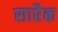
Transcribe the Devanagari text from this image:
साप्तैक